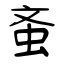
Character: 蚉